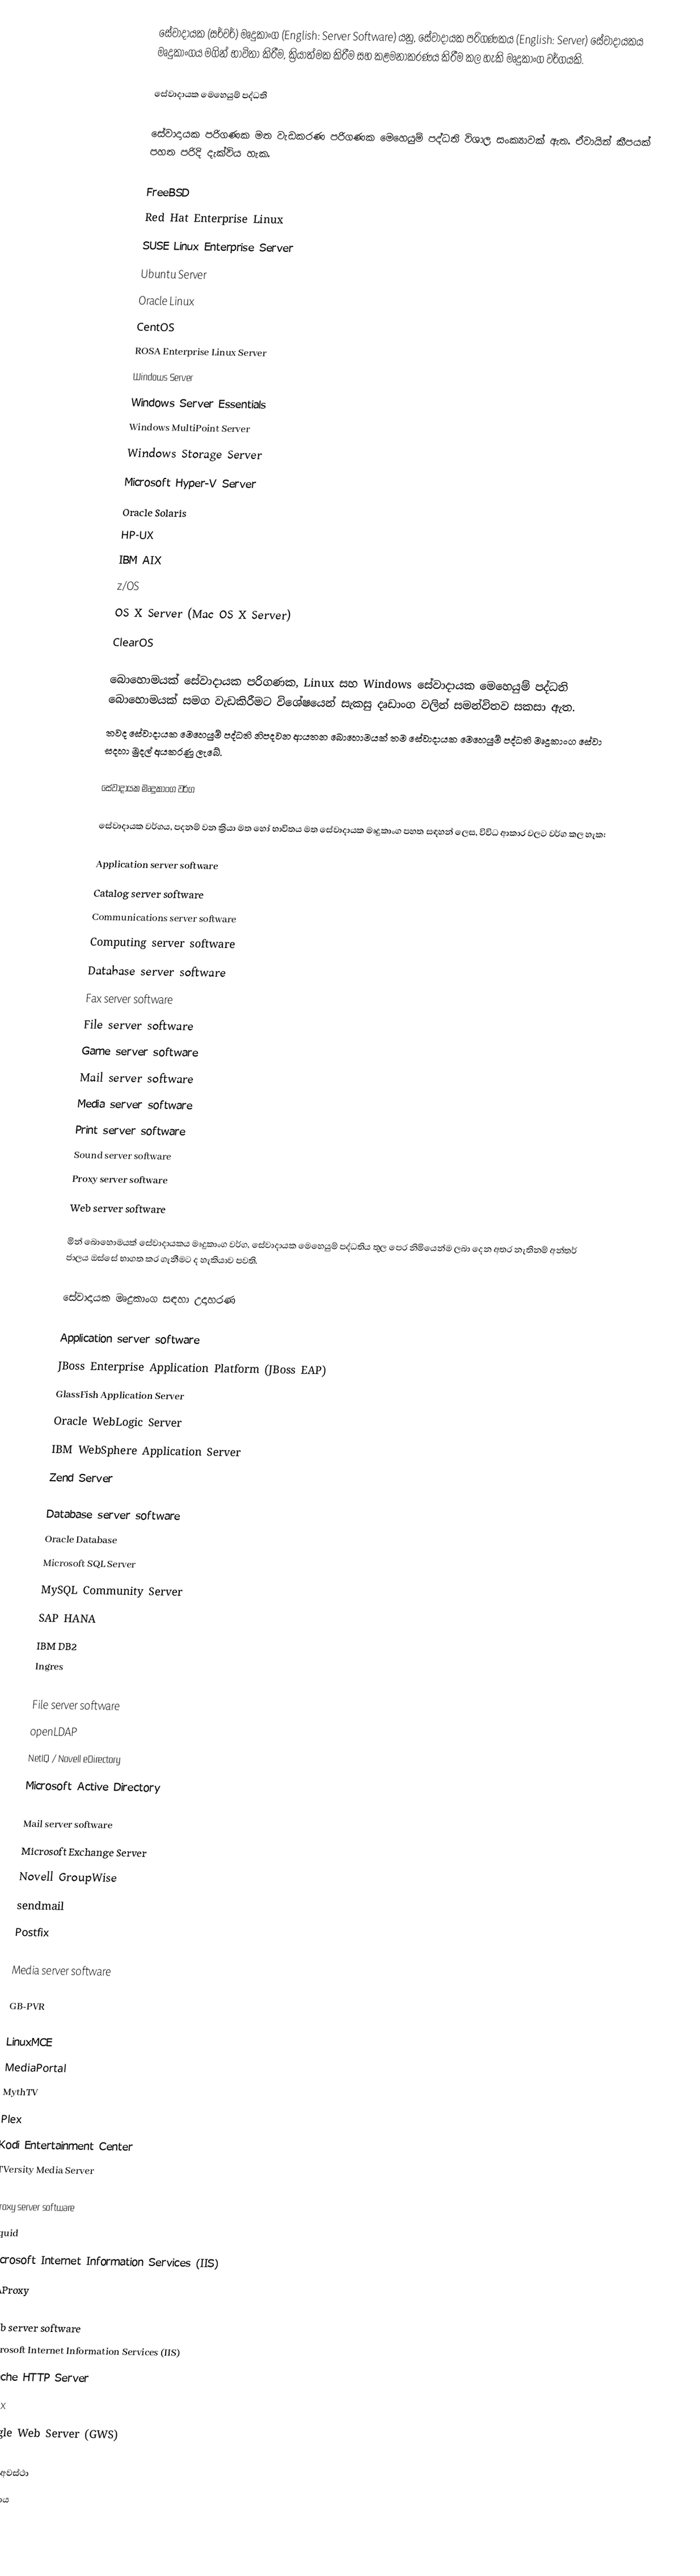
සේවාදායක (සර්වර්) මෘදුකාංග (English: Server Software) යනු, සේවාදායක පරිගණකය  (English: Server) සේවාදායකය මෘදුකාංගය මගින් භාවිතා කිරීම, ක්‍රියාත්මක කිරීම සහ කළමනාකරණය කිරීම කල හැකි මෘදුකාංග වර්ගයකි.

සේවාදායක මෙහෙයුම් පද්ධති

සේවාදායක පරිගණක මත වැඩකරණ පරිගණක මෙහෙයුම් පද්ධති විශාල සංක්‍යාවක් ඇත. ඒවායින් කීපයක් පහත පරිදි දැක්විය හැක.

 FreeBSD
 Red Hat Enterprise Linux
 SUSE Linux Enterprise Server
 Ubuntu Server
 Oracle Linux
 CentOS
 ROSA Enterprise Linux Server
 Windows Server
 Windows Server Essentials
 Windows MultiPoint Server
 Windows Storage Server
 Microsoft Hyper-V Server
 Oracle Solaris
 HP-UX
 IBM AIX
 z/OS
 OS X Server (Mac OS X Server)
 ClearOS

බොහොමයක් සේවාදායක පරිගණක, Linux සහ Windows සේවාදායක මෙහෙයුම් පද්ධති බොහොමයක් සමග වැඩකිරීමට විශේෂයෙන් සැකසු දෘඩාංග වලින් සමන්විතව සකසා ඇත.
තවද සේවාදායක මෙහෙයුම් පද්ධති නිපදවන ආයතන බොහොමයක් තම සේවාදායක මෙහෙයුම් පද්ධති මෘදුකාංග සේවා සදහා මුදල් අයකරණු ලැබේ.

සේවාදායක මෘදුකාංග වර්ග

සේවාදායක වර්ගය, පදනම් වන ක්‍රියා මත හෝ භාවිතය මත සේවාදායක මෘදුකාංග පහත සඳහන් ලෙස, විවිධ ආකාර වලට වර්ග කල හැක:

 Application server software
 Catalog server software
 Communications server software
 Computing server software
 Database server software
 Fax server software
 File server software
 Game server software
 Mail server software
 Media server software
 Print server software
 Sound server software
 Proxy server software
 Web server software

මින් බොහොමයක් සේවාදායකය මෘදුකාංග වර්ග, සේවාදායක මෙහෙයුම් පද්ධතිය තුල පෙර නිමියෙන්ම ලබා දෙන අතර නැතිනම් අන්තර් ජාලය ඔස්සේ භාගත කර ගැනීමට ද හැකියාව පවති.

සේවාදායක මෘදුකාංග සඳහා උදාහරණ

Application server software
 JBoss Enterprise Application Platform (JBoss EAP)
 GlassFish Application Server
 Oracle WebLogic Server
 IBM WebSphere Application Server
 Zend Server

Database server software
 Oracle Database
 Microsoft SQL Server
 MySQL Community Server
 SAP HANA
 IBM DB2
 Ingres

File server software
 openLDAP
 NetIQ / Novell eDirectory
 Microsoft Active Directory

Mail server software
 Microsoft Exchange Server
 Novell GroupWise
 sendmail
 Postfix

Media server software

 GB-PVR

 LinuxMCE
 MediaPortal
 MythTV
 Plex
 Kodi Entertainment Center
 TVersity Media Server

Proxy server software
 Squid
 Microsoft Internet Information Services (IIS)
 HAProxy

Web server software
 Microsoft Internet Information Services (IIS)
 Apache HTTP Server
 Nginx
 Google Web Server (GWS)

රැකියා අවස්ථා
සේවාදාය